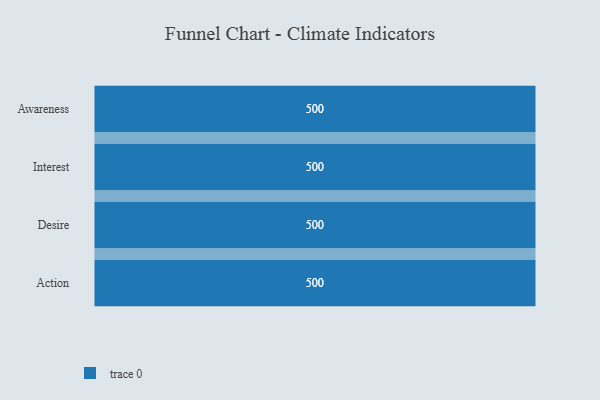
{"axis": {"x": "Stage", "y": "Value"}, "legend": [""], "data": [{"x": "Awareness", "y": 500, "type": ""}, {"x": "Interest", "y": 500, "type": ""}, {"x": "Desire", "y": 500, "type": ""}, {"x": "Action", "y": 500, "type": ""}]}